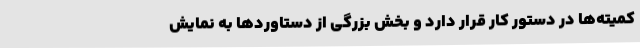
کمیته‌ها در دستور کار قرار دارد و بخش بزرگی از دستاوردها به نمایش